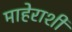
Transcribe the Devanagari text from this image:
माहेराशी